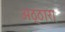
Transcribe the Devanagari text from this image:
अठ्ठारा